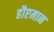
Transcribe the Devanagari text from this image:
हौप्टमान